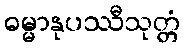
ဓမ္မာနုပဿီသုတ္တံ